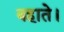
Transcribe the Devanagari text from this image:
बहाते।